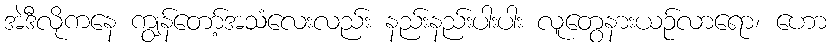
အဲဒီလိုကနေ ကျွန်တော့်အသံလေးလည်း နည်းနည်းပါးပါး လူတွေနားယဉ်လာရော၊ ဟော